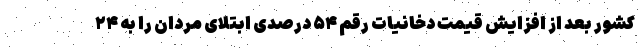
کشور بعد از افزایش قیمت دخانیات رقم ۵۴ درصدی ابتلای مردان را به ۲۴